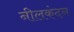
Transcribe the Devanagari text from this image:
नीलकंदन